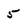
Character: 5